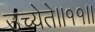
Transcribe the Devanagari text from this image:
उच्येते॥११॥